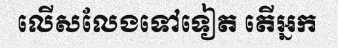
លើសលែងទៅទៀត តើអ្នក